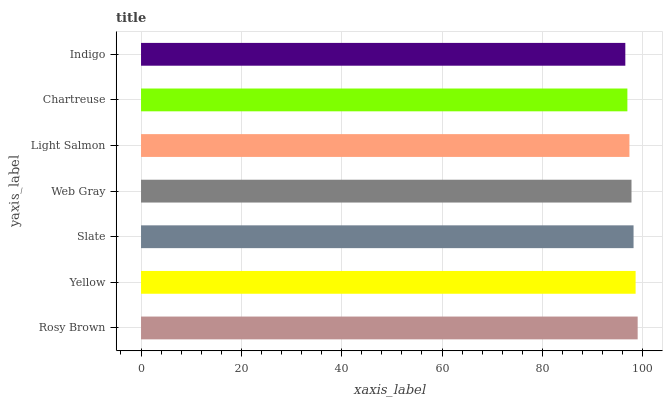
| yaxis_label | bars |
 | --- | --- |
 | Rosy Brown | 99 |
 | Yellow | 98.6 |
 | Slate | 98.2 |
 | Web Gray | 97.8 |
 | Light Salmon | 97.4 |
 | Chartreuse | 96.9 |
 | Indigo | 96.5 |